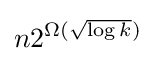
n2^{\Omega ({\sqrt {\log k}})}